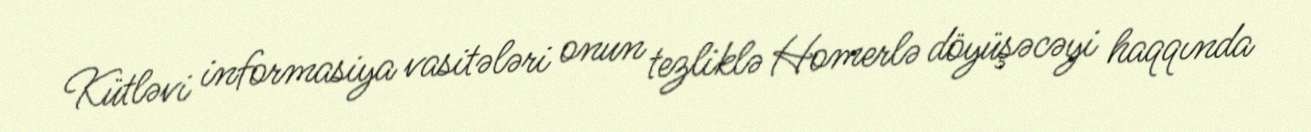
Kütləvi informasiya vasitələri onun tezliklə Homerlə döyüşəcəyi haqqında